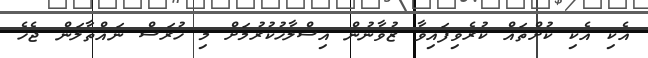
އެކި އެކި ކުށްތައް ކުރެވިފައިވާ ޒުވާނުން އިސްލާހުކުރުމަށް މި ހުރަސް ނައްތާލަން ޖެހެ